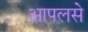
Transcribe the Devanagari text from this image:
आपलसे